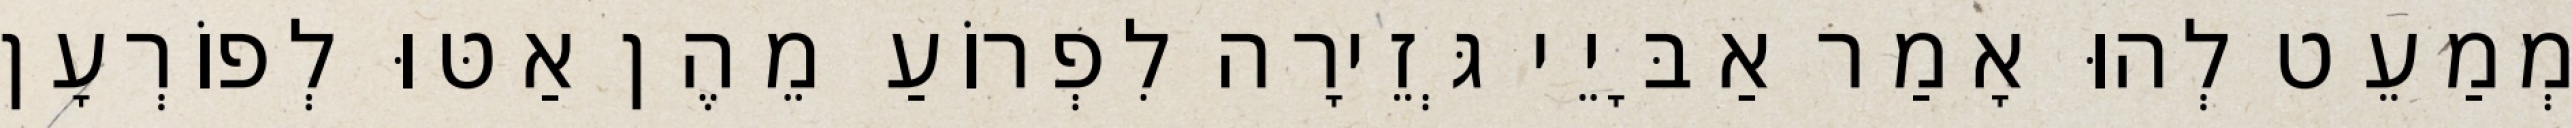
מְמַעֵט לְהוּ אָמַר אַבָּיֵי גְּזֵירָה לִפְרוֹעַ מֵהֶן אַטּוּ לְפוֹרְעָן